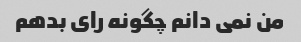
من نمی دانم چگونه رای بدهم